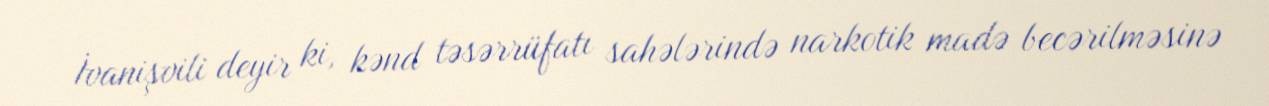
İvanişvili deyir ki, kənd təsərrüfatı sahələrində narkotik madə becərilməsinə